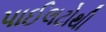
પાઈલટોથી